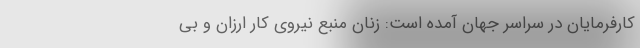
کارفرمایان در سراسر جهان آمده است: زنان منبع نیروی کار ارزان و بی